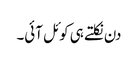
دن نکلتے ہی کوئل آئی۔